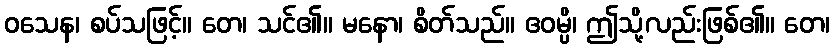
ဝသေန၊ စပ်သဖြင့်။ တေ၊ သင်၏။ မနော၊ စိတ်သည်။ ဧဝမ္ပိ၊ ဤသို့လည်းဖြစ်၏။ တေ၊